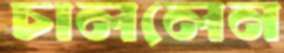
চাললেন